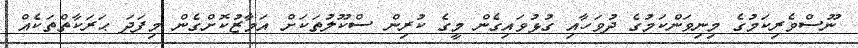
ނޫސްވެރިކަމުގެ މިނިވަންކަމުގެ ދުވަހާއި ގުޅުވައިގެން މީގެ ކުރިން ސްކޫލުތަކަށް އަމާޒުކޮށްގެން މިފަދަ ޙަރަކާތްތަކެއް